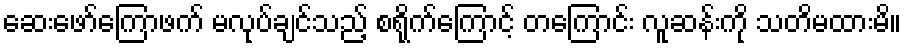
ဆေးဖော်ကြောဖက် မလုပ်ချင်သည့် စရိုက်ကြောင့် တကြောင်း လူဆန်းကို သတိမထားမိ။